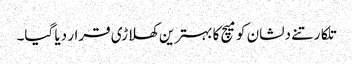
تلکارتنے دلشان کو میچ کا بہترین کھلاڑی قرار دیا گیا۔